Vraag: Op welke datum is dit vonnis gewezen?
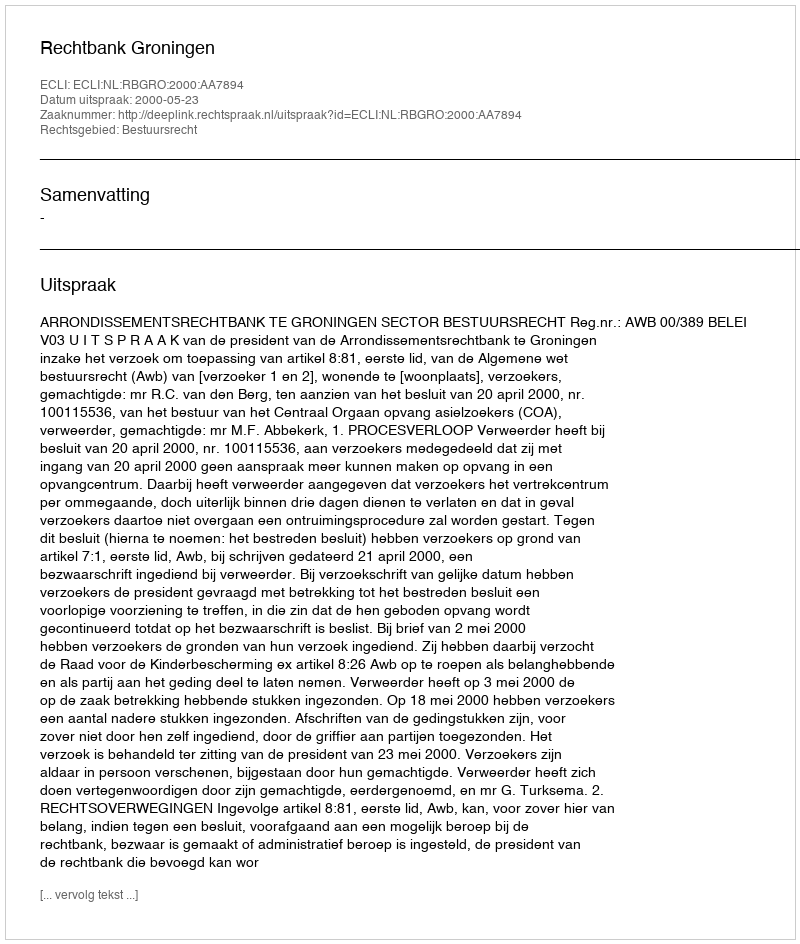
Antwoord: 2000-05-23